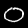
Label: 0